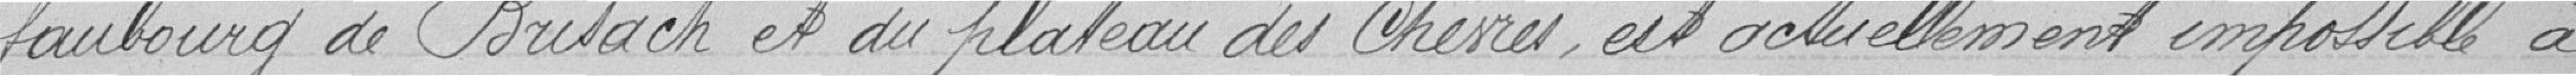
faubourg de Brisach et du plateau des Chèvres, est actuellement impossible à